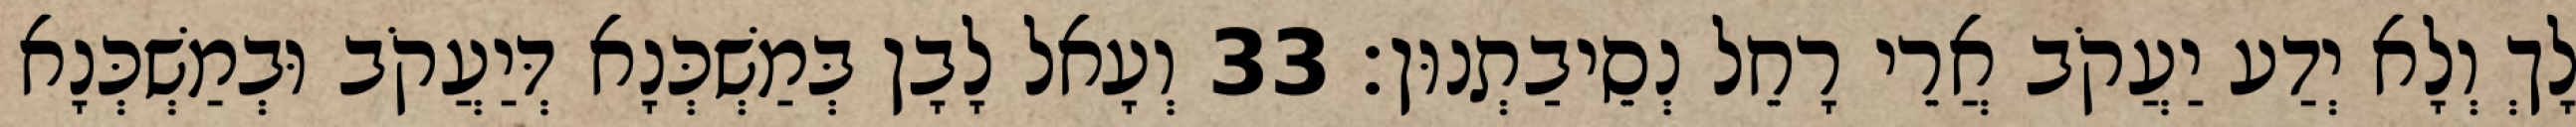
לָךְ וְלָא יְדַע יַעֲקֹב אֲרֵי רָחֵל נְסֵיבַתְנוּן׃ 33 וְעָאל לָבָן בְּמַשְׁכְּנָא דְּיַעֲקֹב וּבְמַשְׁכְּנָא